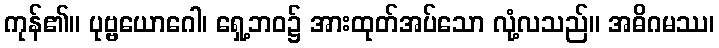
ကုန်၏။ ပုဗ္ဗယောဂေါ၊ ရှေ့ဘဝ၌ အားထုတ်အပ်သော လုံ့လသည်။ အဓိဂမဿ၊